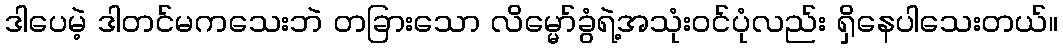
ဒါပေမဲ့ ဒါတင်မကသေးဘဲ တခြားသော လိမ္မော်ခွံရဲ့အသုံးဝင်ပုံလည်း ရှိနေပါသေးတယ်။